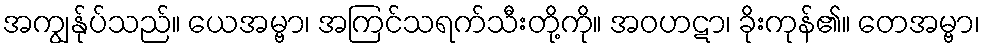
အကျွန်ုပ်သည်။ ယေအမ္ဗာ၊ အကြင်သရက်သီးတို့ကို။ အဝဟဋာ၊ ခိုးကုန်၏။ တေအမ္ဗာ၊